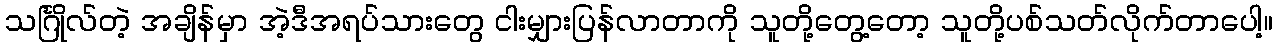
သင်္ဂြိုလ်တဲ့ အချိန်မှာ အဲ့ဒီအရပ်သားတွေ ငါးမျှားပြန်လာတာကို သူတို့တွေ့တော့ သူတို့ပစ်သတ်လိုက်တာပေါ့။